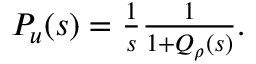
\begin{array} { r } { { P } _ { u } ( s ) = \frac { 1 } { s } \frac { 1 } { 1 + Q _ { \rho } ( s ) } . } \end{array}